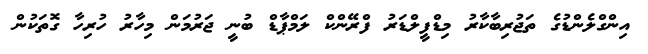
އިންގްލެންޑުގެ ތަޖުރިބާކާރު މިޑްފީލްޑަރު ފްރޭންކް ލަމްޕާޑް ބުނީ ޖަރުމަން މިހާރު ހުރިހާ ގޮތަކުން